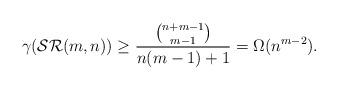
LaTeX: \begin{align*} \gamma({\rm \mathcal{SR}}(m, n)) \geq \frac{\binom{n+m-1}{m-1}}{n(m-1)+1}= \Omega(n^{m-2}).\end{align*}